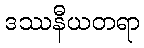
ဒဿနီယတရာ